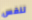
تنفس